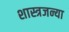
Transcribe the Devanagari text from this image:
शास्त्रजन्या